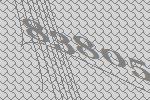
83805